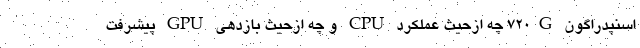
اسنپدراگون 720G چه ازحیث عملکرد CPU و چه ازحیث بازدهی GPU پیشرفت